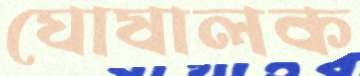
ঘোষালক